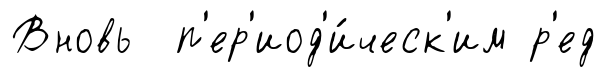
Вновь п'ер'иод'и́ческ'им р'ед